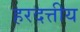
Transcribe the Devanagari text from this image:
हरदत्तीय